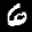
Label: 6